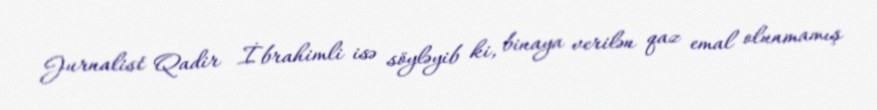
Jurnalist Qadir İbrahimli isə söyləyib ki, binaya verilən qaz emal olunmamış